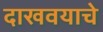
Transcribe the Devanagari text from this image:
दाखवयाचे